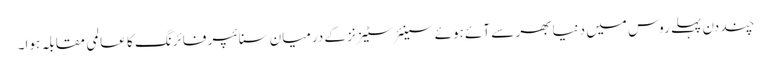
چند دن پہلے روس میں دنیا بھر سے آئے ہوئے سینئر سٹیزنز کے درمیان سنائپر فائرنگ کا عالمی مقابلہ ہوا۔